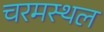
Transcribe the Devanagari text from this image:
चरमस्थल